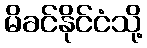
မိခင်နိုင်ငံသို့